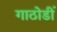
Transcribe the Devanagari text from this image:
गाठोडीं